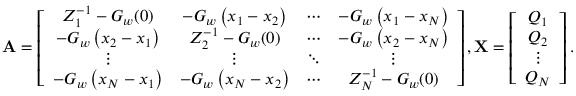
\mathbf { A } = \left[ \begin{array} { c c c c } { Z _ { 1 } ^ { - 1 } - G _ { w } ( 0 ) } & { - G _ { w } \left( x _ { 1 } - x _ { 2 } \right) } & { \cdots } & { - G _ { w } \left( x _ { 1 } - x _ { N } \right) } \\ { - G _ { w } \left( x _ { 2 } - x _ { 1 } \right) } & { Z _ { 2 } ^ { - 1 } - G _ { w } ( 0 ) } & { \cdots } & { - G _ { w } \left( x _ { 2 } - x _ { N } \right) } \\ { \vdots } & { \vdots } & { \ddots } & { \vdots } \\ { - G _ { w } \left( x _ { N } - x _ { 1 } \right) } & { - G _ { w } \left( x _ { N } - x _ { 2 } \right) } & { \cdots } & { Z _ { N } ^ { - 1 } - G _ { w } ( 0 ) } \end{array} \right] , \mathbf { X } = \left[ \begin{array} { c } { Q _ { 1 } } \\ { Q _ { 2 } } \\ { \vdots } \\ { Q _ { N } } \end{array} \right] .